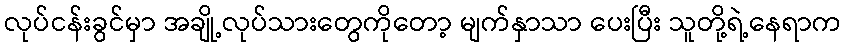
လုပ်ငန်းခွင်မှာ အချို့လုပ်သားတွေကိုတော့ မျက်နှာသာ ပေးပြီး သူတို့ရဲ့နေရာက